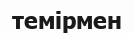
темірмен